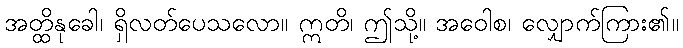
အတ္ထိနုခေါ၊ ရှိလတ်ပေသလော။ ဣတိ၊ ဤသို့။ အဝေါစ၊ လျှောက်ကြား၏။